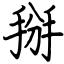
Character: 掰